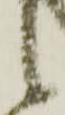
候